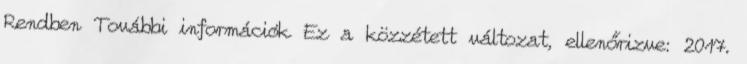
Rendben További információk Ez a közzétett változat, ellenőrizve: 2017.